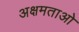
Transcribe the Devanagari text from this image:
अक्षमताओ